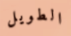
الطويل